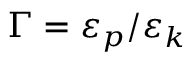
\Gamma = \varepsilon _ { p } / \varepsilon _ { k }